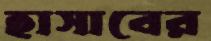
হাসাবের